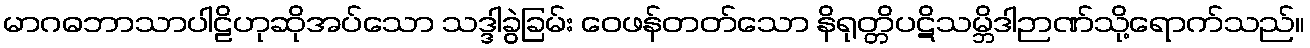
မာဂဓဘာသာပါဠိဟုဆိုအပ်သော သဒ္ဒါခွဲခြမ်း ဝေဖန်တတ်သော နိရုတ္တိပဋိသမ္ဘိဒါဉာဏ်သို့ရောက်သည်။